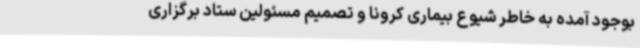
بوجود آمده به خاطر شیوع بیماری کرونا و تصمیم مسئولین ستاد برگزاری